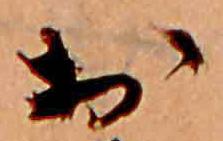
お